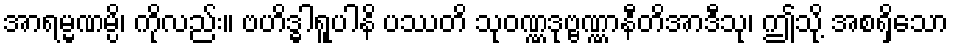
အာရမ္မဏမ္ပိ၊ ကိုလည်း။ ဗဟိဒ္ဓါရူပါနိ ပဿတိ သုဝဏ္ဏဒုဗ္ဗဏ္ဏာနီတိအာဒီသု၊ ဤသို့ အစရှိသော